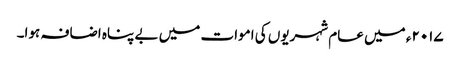
۲۰۱۷ء میں عام شہریوں کی اموات میں بے پناہ اضافہ ہوا۔